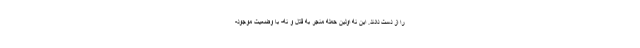
را از دست دادند. این نه اولین حمله منجر به قتل و نه- با وضعیت موجود-